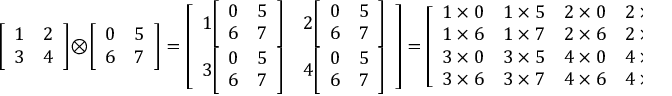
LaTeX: { \left[ \begin{array} { l l } { 1 } & { 2 } \\ { 3 } & { 4 } \end{array} \right] } \otimes { \left[ \begin{array} { l l } { 0 } & { 5 } \\ { 6 } & { 7 } \end{array} \right] } = { \left[ \begin{array} { l l } { 1 { \left[ \begin{array} { l l } { 0 } & { 5 } \\ { 6 } & { 7 } \end{array} \right] } } & { 2 { \left[ \begin{array} { l l } { 0 } & { 5 } \\ { 6 } & { 7 } \end{array} \right] } } \\ { 3 { \left[ \begin{array} { l l } { 0 } & { 5 } \\ { 6 } & { 7 } \end{array} \right] } } & { 4 { \left[ \begin{array} { l l } { 0 } & { 5 } \\ { 6 } & { 7 } \end{array} \right] } } \end{array} \right] } = { \left[ \begin{array} { l l l l } { 1 \times 0 } & { 1 \times 5 } & { 2 \times 0 } & { 2 \times 5 } \\ { 1 \times 6 } & { 1 \times 7 } & { 2 \times 6 } & { 2 \times 7 } \\ { 3 \times 0 } & { 3 \times 5 } & { 4 \times 0 } & { 4 \times 5 } \\ { 3 \times 6 } & { 3 \times 7 } & { 4 \times 6 } & { 4 \times 7 } \end{array} \right] } = { \left[ \begin{array} { l l l l } { 0 } & { 5 } & { 0 } & { 1 0 } \\ { 6 } & { 7 } & { 1 2 } & { 1 4 } \\ { 0 } & { 1 5 } & { 0 } & { 2 0 } \\ { 1 8 } & { 2 1 } & { 2 4 } & { 2 8 } \end{array} \right] } .